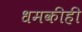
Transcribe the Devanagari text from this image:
धमकीही